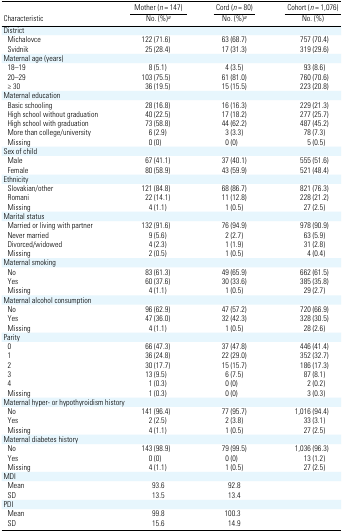
<table><thead><tr><td></td><td><b>Mother (<i>n</i> = 147)</b></td><td><b>Cord (<i>n</i> = 80)</b></td><td><b>Cohort (<i>n</i> = 1,076)</b></td></tr><tr><td><b>Characteristic</b></td><td><b>No. (%)a</b></td><td><b>No. (%)a</b></td><td><b>No. (%)</b></td></tr></thead><tbody><tr><td colspan="4">District</td></tr><tr><td> Michalovce</td><td>122 (71.6)</td><td>63 (68.7)</td><td>757 (70.4)</td></tr><tr><td> Svidnik</td><td>25 (28.4)</td><td>17 (31.3)</td><td>319 (29.6)</td></tr><tr><td colspan="4">Maternal age (years)</td></tr><tr><td> 18–19</td><td>8 (5.1)</td><td>4 (3.5)</td><td>93 (8.6)</td></tr><tr><td> 20–29</td><td>103 (75.5)</td><td>61 (81.0)</td><td>760 (70.6)</td></tr><tr><td> ≥ 30</td><td>36 (19.5)</td><td>15 (15.5)</td><td>223 (20.8)</td></tr><tr><td colspan="4">Maternal education</td></tr><tr><td> Basic schooling</td><td>28 (16.8)</td><td>16 (16.3)</td><td>229 (21.3)</td></tr><tr><td> High school without graduation</td><td>40 (22.5)</td><td>17 (18.2)</td><td>277 (25.7)</td></tr><tr><td> High school with graduation</td><td>73 (58.8)</td><td>44 (62.2)</td><td>487 (45.2)</td></tr><tr><td> More than college/university</td><td>6 (2.9)</td><td>3 (3.3)</td><td>78 (7.3)</td></tr><tr><td> Missing</td><td>0 (0)</td><td>0 (0)</td><td>5 (0.5)</td></tr><tr><td colspan="4">Sex of child</td></tr><tr><td> Male</td><td>67 (41.1)</td><td>37 (40.1)</td><td>555 (51.6)</td></tr><tr><td> Female</td><td>80 (58.9)</td><td>43 (59.9)</td><td>521 (48.4)</td></tr><tr><td colspan="4">Ethnicity</td></tr><tr><td> Slovakian/other</td><td>121 (84.8)</td><td>68 (86.7)</td><td>821 (76.3)</td></tr><tr><td> Romani</td><td>22 (14.1)</td><td>11 (12.8)</td><td>228 (21.2)</td></tr><tr><td> Missing</td><td>4 (1.1)</td><td>1 (0.5)</td><td>27 (2.5)</td></tr><tr><td colspan="4">Marital status</td></tr><tr><td> Married or living with partner</td><td>132 (91.6)</td><td>76 (94.9)</td><td>978 (90.9)</td></tr><tr><td> Never married</td><td>9 (5.6)</td><td>2 (2.7)</td><td>63 (5.9)</td></tr><tr><td> Divorced/widowed</td><td>4 (2.3)</td><td>1 (1.9)</td><td>31 (2.8)</td></tr><tr><td> Missing</td><td>2 (0.5)</td><td>1 (0.5)</td><td>4 (0.4)</td></tr><tr><td colspan="4">Maternal smoking</td></tr><tr><td> No</td><td>83 (61.3)</td><td>49 (65.9)</td><td>662 (61.5)</td></tr><tr><td> Yes</td><td>60 (37.6)</td><td>30 (33.6)</td><td>385 (35.8)</td></tr><tr><td> Missing</td><td>4 (1.1)</td><td>1 (0.5)</td><td>29 (2.7)</td></tr><tr><td colspan="4">Maternal alcohol consumption</td></tr><tr><td> No</td><td>96 (62.9)</td><td>47 (57.2)</td><td>720 (66.9)</td></tr><tr><td> Yes</td><td>47 (36.0)</td><td>32 (42.3)</td><td>328 (30.5)</td></tr><tr><td> Missing</td><td>4 (1.1)</td><td>1 (0.5)</td><td>28 (2.6)</td></tr><tr><td colspan="4">Parity</td></tr><tr><td> 0</td><td>66 (47.3)</td><td>37 (47.8)</td><td>446 (41.4)</td></tr><tr><td> 1</td><td>36 (24.8)</td><td>22 (29.0)</td><td>352 (32.7)</td></tr><tr><td> 2</td><td>30 (17.7)</td><td>15 (15.7)</td><td>186 (17.3)</td></tr><tr><td> 3</td><td>13 (9.5)</td><td>6 (7.5)</td><td>87 (8.1)</td></tr><tr><td> 4</td><td>1 (0.3)</td><td>0 (0)</td><td>2 (0.2)</td></tr><tr><td> Missing</td><td>1 (0.3)</td><td>0 (0)</td><td>3 (0.3)</td></tr><tr><td colspan="4">Maternal hyper- or hypothyroidism history</td></tr><tr><td> No</td><td>141 (96.4)</td><td>77 (95.7)</td><td>1,016 (94.4)</td></tr><tr><td> Yes</td><td>2 (2.5)</td><td>2 (3.8)</td><td>33 (3.1)</td></tr><tr><td> Missing</td><td>4 (1.1)</td><td>1 (0.5)</td><td>27 (2.5)</td></tr><tr><td colspan="4">Maternal diabetes history</td></tr><tr><td> No</td><td>143 (98.9)</td><td>79 (99.5)</td><td>1,036 (96.3)</td></tr><tr><td> Yes</td><td>0 (0)</td><td>0 (0)</td><td>13 (1.2)</td></tr><tr><td> Missing</td><td>4 (1.1)</td><td>1 (0.5)</td><td>27 (2.5)</td></tr><tr><td colspan="4">MDI</td></tr><tr><td> Mean</td><td>93.6</td><td>92.8</td><td></td></tr><tr><td> SD</td><td>13.5</td><td>13.4</td><td></td></tr><tr><td colspan="4">PDI</td></tr><tr><td> Mean</td><td>99.8</td><td>100.3</td><td></td></tr><tr><td> SD</td><td>15.6</td><td>14.9</td><td></td></tr></tbody></table>